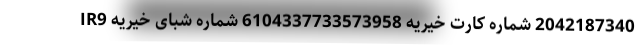
2042187340 شماره کارت خیریه 6104337733573958 شماره شبای خیریه IR9